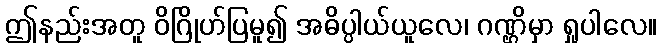
ဤနည်းအတူ ဝိဂြိုဟ်ပြမူ၍ အဓိပ္ပါယ်ယူလေ၊ ဂဏ္ဌိမှာ ရှုပါလေ။